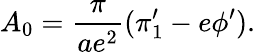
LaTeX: A_{0}={\frac{\pi}{ae^{2}}}(\pi_{1}^{\prime}-e\phi^{\prime}).